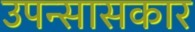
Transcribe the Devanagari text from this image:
उपन्सासकार